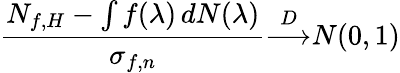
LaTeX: {\frac{N_{f,H}-\int f(\lambda)\, dN(\lambda)}{\sigma_{f,n}}}{\overset{D}{\longrightarrow}}N(0,1)